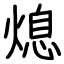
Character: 熄